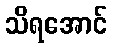
သိရအောင်